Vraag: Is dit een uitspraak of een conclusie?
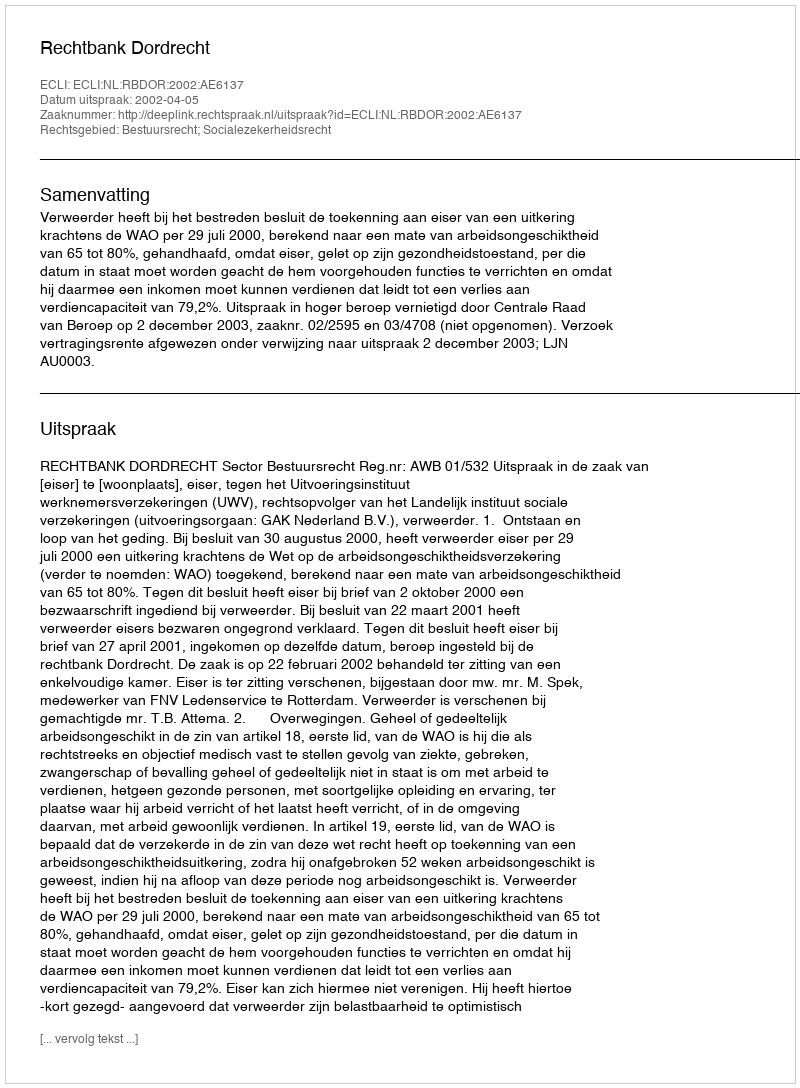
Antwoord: Uitspraak